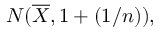
N ( { \overline { { X } } } , 1 + ( 1 / n ) ) ,